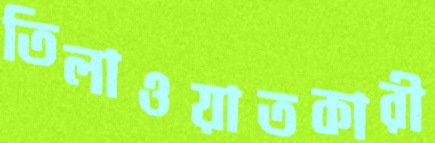
তিলাওয়াতকারী